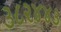
૩૮૨૪૪૩